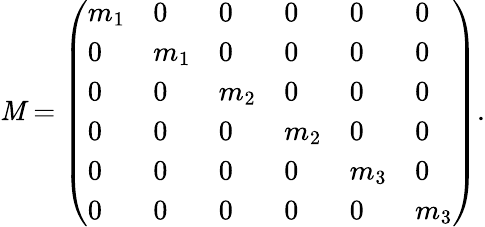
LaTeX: \mathit{M}=\left(\begin{array}{llllll}{m_{1}}&{0}&{0}&{0}&{0}&{0}\\ {0}&{m_{1}}&{0}&{0}&{0}&{0}\\ {0}&{0}&{m_{2}}&{0}&{0}&{0}\\ {0}&{0}&{0}&{m_{2}}&{0}&{0}\\ {0}&{0}&{0}&{0}&{m_{3}}&{0}\\ {0}&{0}&{0}&{0}&{0}&{m_{3}}\end{array}\right).